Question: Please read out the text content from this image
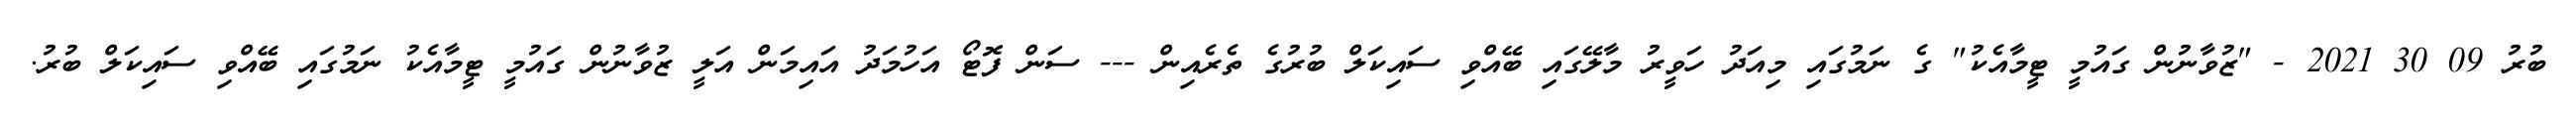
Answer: ބުރު 09 30 2021 - "ޒުވާނުން ގައުމީ ޓީމާއެކު" ގެ ނަމުގައި މިއަދު ހަވީރު މާލޭގައި ބޭއްވި ސައިކަލް ބުރުގެ ތެރެއިން --- ސަން ފޮޓޯ އަހުމަދު އައިމަން އަލީ ޒުވާނުން ގައުމީ ޓީމާއެކު ނަމުގައި ބޭއްވި ސައިކަލް ބުރު.